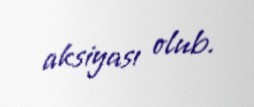
aksiyası olub.